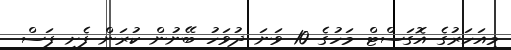
މިއަހަރުގެ އޮގަސްޓް މަހުގެ 10 ވަނަ ދުވަހު ބޭނުން ކުރަން ފެށި ފަސް